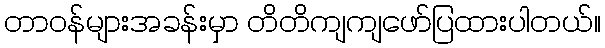
တာဝန်များအခန်းမှာ တိတိကျကျဖော်ပြထားပါတယ်။